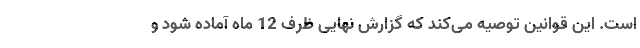
است. این قوانین توصیه می‌کند که گزارش نهایی ظرف 12 ماه آماده شود و